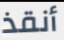
أنقذ